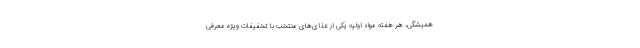
همیشگی، هر هفته مواد اولیه یکی از غذای‌های منتخب با تخفیفات ویژه معرفی